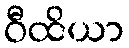
ဝီထိယာ